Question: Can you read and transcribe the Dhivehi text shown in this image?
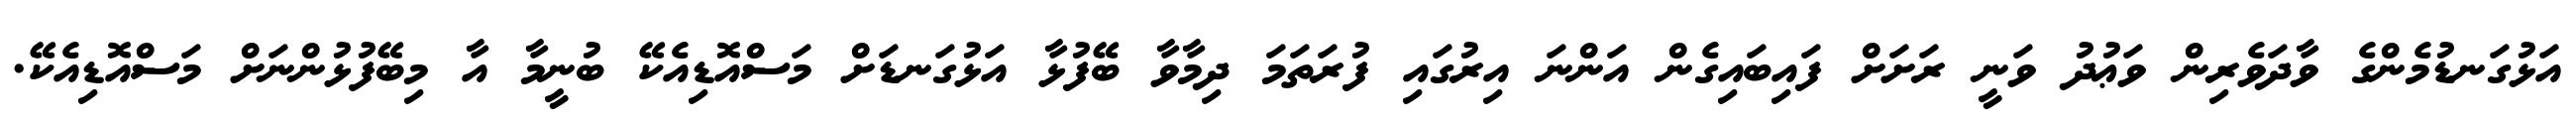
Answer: އަޅުގަނޑުމެންގެ ވާދަވެރިން ވަޢުދު ވަނީ ރަށަށް ފައިބައިގެން އަންނަ އިރުގައި ފުރަތަމަ ދިމާވާ ބޭފުޅާ އަޅުގަނޑަށް މަސްއޮޑިއެކޭ ބުނީމާ އާ މިބޭފުޅުންނަށް މަސްއޮޑިއެކޭ.